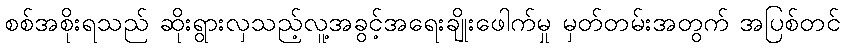
စစ်အစိုးရသည် ဆိုးရွားလှသည့်လူ့အခွင့်အရေးချိုးဖေါက်မှု မှတ်တမ်းအတွက် အပြစ်တင်